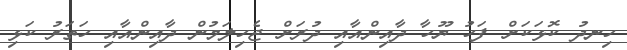
ހިނދު ކޮޅަކަށް ފަހު ޔޫހާ ދާއިންއާއި ދުރަށް ޖެހިލަމުން ދާއިންއާއި ހަތަރު ކަޅި